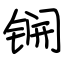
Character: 锎